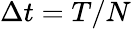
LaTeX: \Delta t=T/N